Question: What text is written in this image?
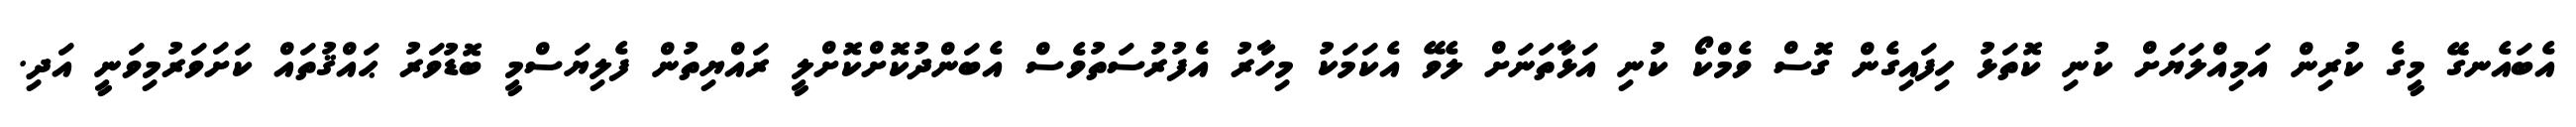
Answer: އެބައެނގޭ މީގެ ކުރިން އަމިއްލަޔަށް ކުނި ކޮތަޅު ހިފައިގެން ގޮސް ވެމްކޯ ކުނި އަޅާތަނަށް ލެވޭ އެކަމަކު މިހާރު އެފުރުސަތުވެސް އެބަންދުކޮށްކޮށްލީ ރައްޔިތުން ފެލިޔަސްމީ ބޮޑުވަރު ޙައްޤުތައް ކަށަވަރުމިވަނީ އަދި.